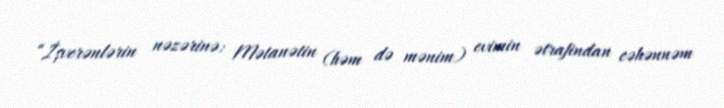
“İşverənlərin nəzərinə: Mətanətin (həm də mənim) evimin ətrafindan cəhənnəm